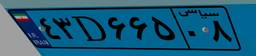
۲۶D۸۸۶۶۲